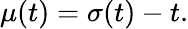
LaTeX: \mu(t)=\sigma(t)-t.